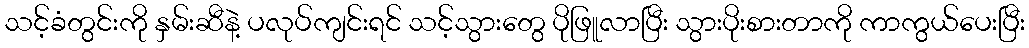
သင့်ခံတွင်းကို နှမ်းဆီနဲ့ ပလုပ်ကျင်းရင် သင့်သွားတွေ ပိုဖြူလာပြီး သွားပိုးစားတာကို ကာကွယ်ပေးပြီး